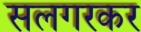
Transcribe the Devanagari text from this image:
सलगरकर